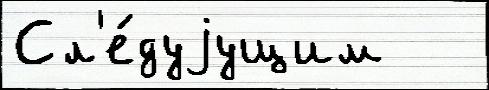
Сл'е́дуjущим